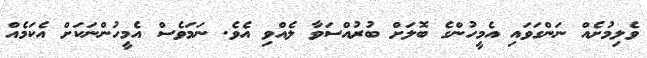
ވެލިމުށެއް ނަންގަވައި އެމީހުންގެ ބޮލަށް ބުރުއްސަވާ ލެއްވި އެވެ. ނަމަވެސް އެމީހުންނަކަށް އެކަމެއް